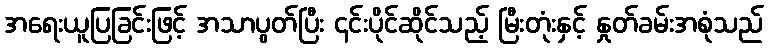
အရေးယူပြခြင်းဖြင့် အသာပွတ်ပြီး ၎င်းပိုင်ဆိုင်သည့် မြီးတုံးနှင့် နှုတ်ခမ်းအစုံသည်